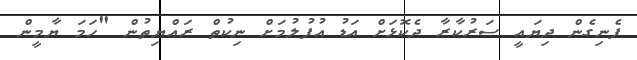
ފެނިގެން ދިޔައީ ސަރުކާރާ ދެކޮޅަށް އަޑު އުފުލުމަށް ނިކުތް ރައްޔިތުން "ހަމަ ޔާމީން